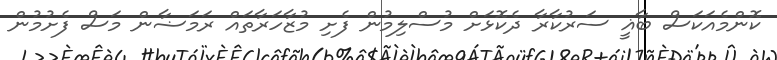
ކޮންމެއަކަސް ބާޣީ ސަރުކާރާ ދެކޮޅަށް މުސްލިމުން ފެށި މުޒާހަރާތައް ރަމަޟާން މަސް ފެށުމުން